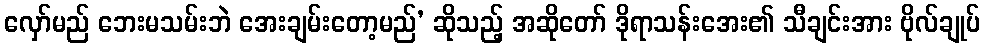
လှော်မည် ဘေးမသမ်းဘဲ အေးချမ်းတော့မည်’ ဆိုသည့် အဆိုတော် ဒိုရာသန်းအေး၏ သီချင်းအား ဗိုလ်ချုပ်